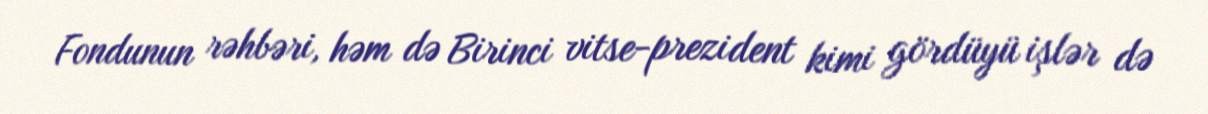
Fondunun rəhbəri, həm də Birinci vitse-prezident kimi gördüyü işlər də